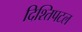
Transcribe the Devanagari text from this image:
दिश्तिपटल